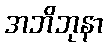
အဘိဘုနာ